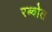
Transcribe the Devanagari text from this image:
रब्बोत